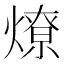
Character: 燎